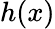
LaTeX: h(x)